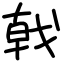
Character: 戟